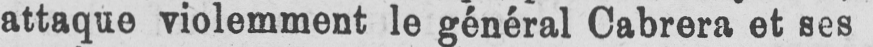
attaque violemment le général Cabrera et ses